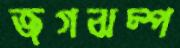
জগঝম্প